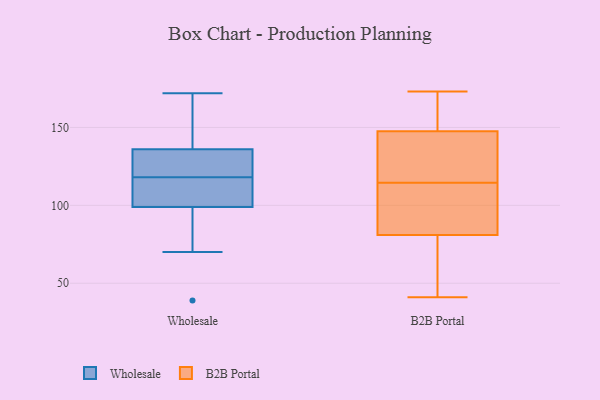
{"axis": {"x": "Satisfaction Score", "y": "Value"}, "legend": ["B2B Portal", "Wholesale"], "data": [{"x": "", "y": 39, "type": "Wholesale"}, {"x": "", "y": 106, "type": "Wholesale"}, {"x": "", "y": 148, "type": "Wholesale"}, {"x": "", "y": 136, "type": "Wholesale"}, {"x": "", "y": 128, "type": "Wholesale"}, {"x": "", "y": 112, "type": "Wholesale"}, {"x": "", "y": 70, "type": "Wholesale"}, {"x": "", "y": 124, "type": "Wholesale"}, {"x": "", "y": 134, "type": "Wholesale"}, {"x": "", "y": 140, "type": "Wholesale"}, {"x": "", "y": 99, "type": "Wholesale"}, {"x": "", "y": 104, "type": "Wholesale"}, {"x": "", "y": 87, "type": "Wholesale"}, {"x": "", "y": 172, "type": "Wholesale"}, {"x": "", "y": 173, "type": "B2B Portal"}, {"x": "", "y": 61, "type": "B2B Portal"}, {"x": "", "y": 105, "type": "B2B Portal"}, {"x": "", "y": 133, "type": "B2B Portal"}, {"x": "", "y": 165, "type": "B2B Portal"}, {"x": "", "y": 128, "type": "B2B Portal"}, {"x": "", "y": 101, "type": "B2B Portal"}, {"x": "", "y": 162, "type": "B2B Portal"}, {"x": "", "y": 123, "type": "B2B Portal"}, {"x": "", "y": 58, "type": "B2B Portal"}, {"x": "", "y": 41, "type": "B2B Portal"}, {"x": "", "y": 106, "type": "B2B Portal"}]}